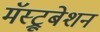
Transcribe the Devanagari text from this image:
मॅस्ट्रूबेशन